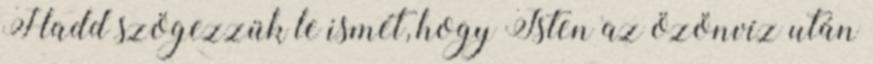
Hadd szögezzük le ismét, hogy Isten az özönvíz után